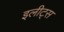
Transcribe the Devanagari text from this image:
इलीट्स